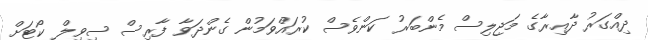
ދިއްގަރު ދާއިރާގެ މަޖިލިސް މެންބަރު ކަންވެސް ކުރައްވަމުން ގެންދަވާ ފާރިސް ސިވިލް ކޯޓަށް